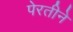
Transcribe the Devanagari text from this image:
पेरतीने